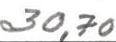
30,70